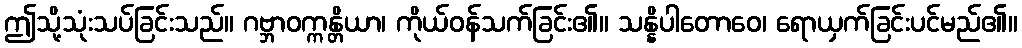
ဤသို့သုံးသပ်ခြင်းသည်။ ဂဗ္ဘာဝက္ကန္တိယာ၊ ကိုယ်ဝန်သက်ခြင်း၏။ သန္နိပါတောဝေ၊ ရောယှက်ခြင်းပင်မည်၏။